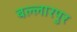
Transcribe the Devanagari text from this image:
बल्लारपुर